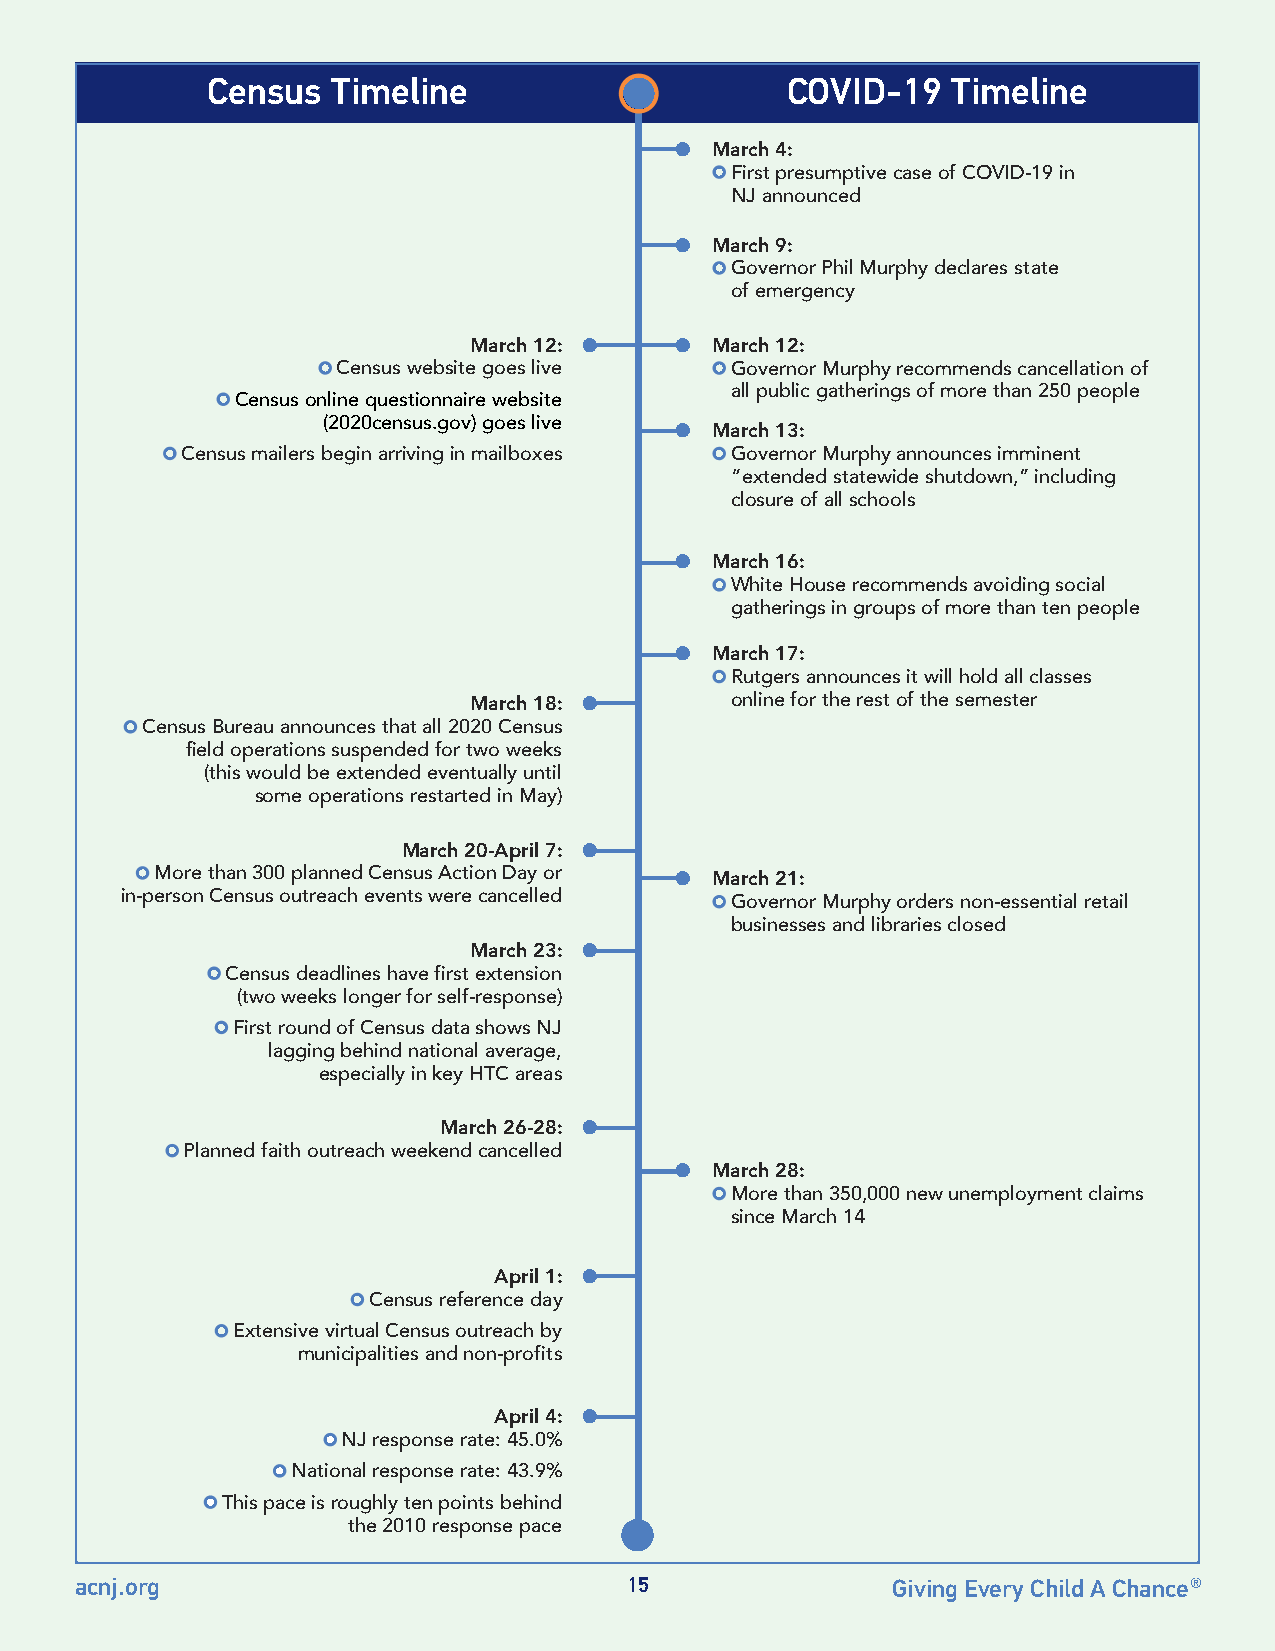
Census  Timeline                      COVID-19   Timeline
 l March 4:
 First presumptive case of COVID-19 in
 NJ announced
 l March 9:
 Governor Phil Murphy declares state
 of emergency
 March 12: l   l March 12:
 Census website goes live  Governor Murphy recommends cancellation of
 all public gatherings of more than 250 people
 Census online questionnaire website
 (2020census.gov) goes live l March 13:
 Census mailers begin arriving in mailboxes Governor Murphy announces imminent
 “extended statewide shutdown,” including
 closure of all schools
 l March 16:
 White House recommends avoiding social
 gatherings in groups of more than ten people
 l March 17:
 Rutgers announces it will hold all classes
 March 18: l      online for the rest of the semester
 Census Bureau announces that all 2020 Census
 field operations suspended for two weeks
 (this would be extended eventually until
 some operations restarted in May)
 March 20-April 7: l
 More than 300 planned Census Action Day or l March 21:
 in-person Census outreach events were cancelled Governor Murphy orders non-essential retail
 businesses and libraries closed
 March 23: l
 Census deadlines have first extension
 (two weeks longer for self-response)
 First round of Census data shows NJ
 lagging behind national average,
 especially in key HTC areas
 March 26-28: l
 Planned faith outreach weekend cancelled
 l March 28:
 More than 350,000 new unemployment claims
 since March 14
 April 1: l
 Census reference day
 Extensive virtual Census outreach by
 municipalities and non-profits
 April 4: l
 NJ response rate: 45.0%
 National response rate: 43.9%
 This pace is roughly ten points behind
 the 2010 response pace
 acnj.org                            15                Giving Every Child A Chance®